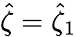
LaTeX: \hat{\zeta}=\hat{\zeta}_{1}